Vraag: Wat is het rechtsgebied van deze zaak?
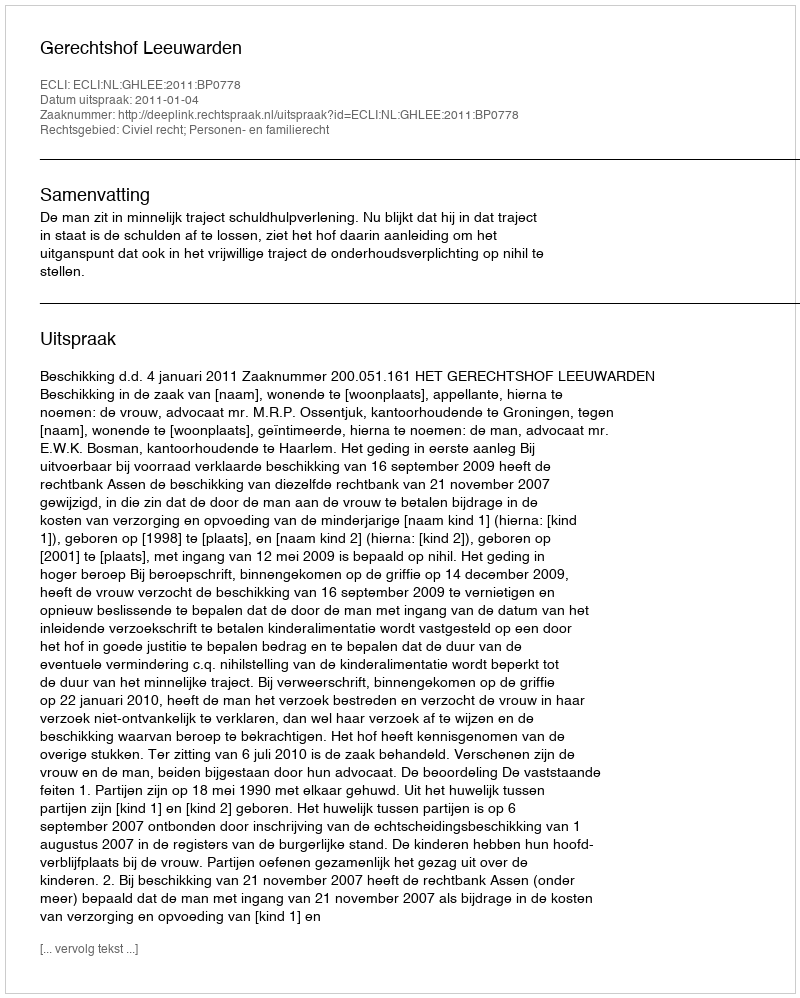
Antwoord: Civiel recht; Personen- en familierecht